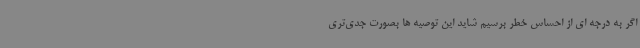
اگر به درجه ای از احساس خطر برسیم شاید این توصیه ها بصورت جدی‌تری